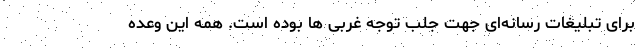
برای تبلیغات رسانه‌ای جهت جلب توجه غربی ها بوده است. همه این وعده